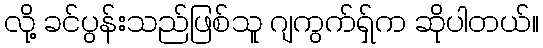
လို့ ခင်ပွန်းသည်ဖြစ်သူ ဂျကွက်ရှ်က ဆိုပါတယ်။